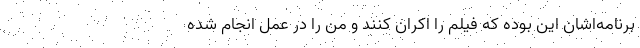
برنامه‌اشان این بوده که فیلم را اکران کنند و من را در عمل انجام شده